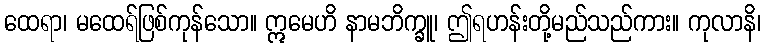
ထေရာ၊ မထေရ်ဖြစ်ကုန်သော။ ဣမေဟိ နာမဘိက္ခူ၊ ဤရဟန်းတို့မည်သည်ကား။ ကုလာနိ၊